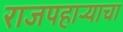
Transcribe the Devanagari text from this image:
राजपहार्‍याचा